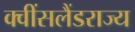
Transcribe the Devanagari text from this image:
क्वींसलैंडराज्य